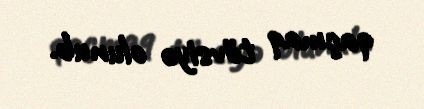
qaçmaq tövsiyə olunub.